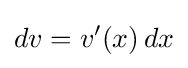
dv=v'(x)\,dx